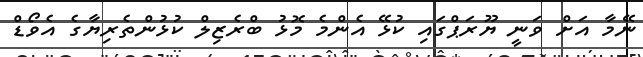
ނޭމާ އަށް ވަނީ ޔޫރަޕްގައި ކުޅޭ އެންމެ މޮޅު ބްރެޒިލް ކުޅުންތެރިޔާގެ އެވޯޑް